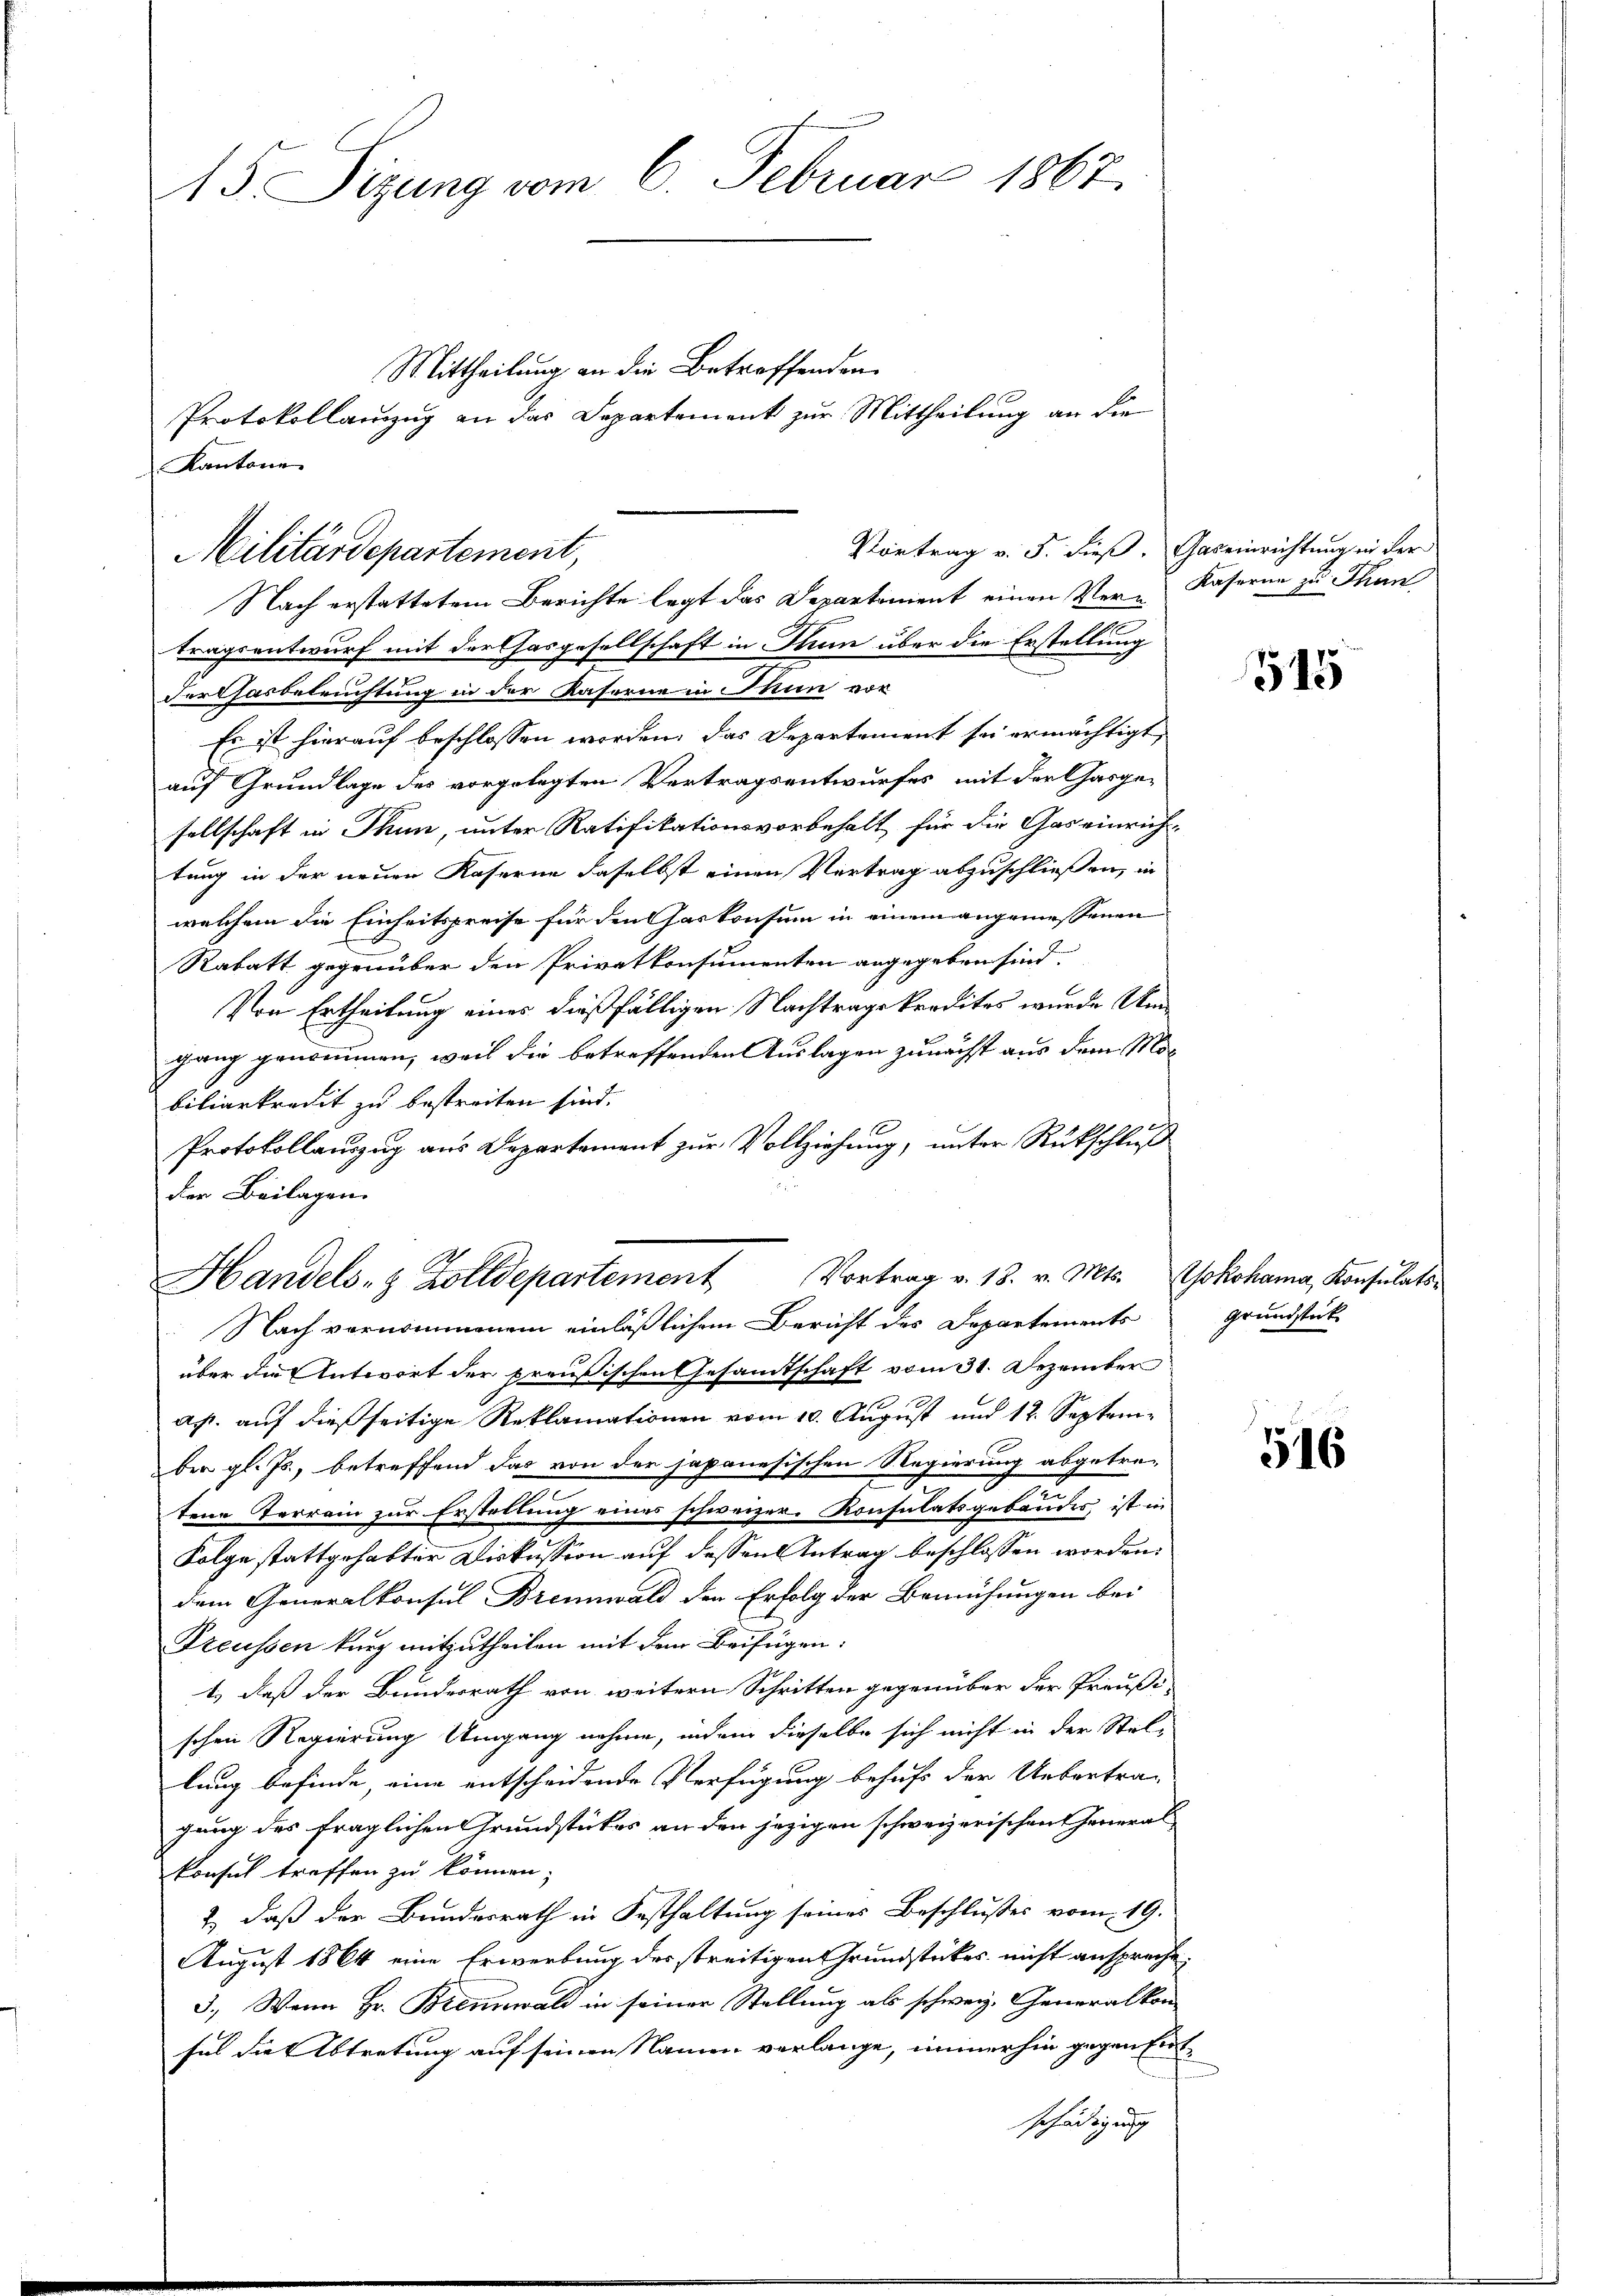
15 Sizung vom 6. Februar 1867.

Kantone
Vortrag v. J. dieß. Gemeinrichtung in der
Militärdepartement,

Mittheilung an die Betroffenden.
Protokollanzzug an das Departement zur Mittheilung an die

Nach erstattetem Berichte legt das Departement einen Ver- Kaserne zu Thun
tragsentwurf mit der Chasgesellschaft in Thun über die Erstellung
Derthasbeleuchtung in der Kaserne in Thun vor
Es ist hierauf beschlossen worden, das Departement sei ermächtigt,
auf Grundlage des vorgelegten Vertragsentwurfes mit der Gasgesellschaft in Thun, unter Ratifikationsvorbehalt für die Gas einrich-
tung in der neuen Kaserne daselbst einen Vertrag abzuschließen, in
welchem die Einheitspreise für den Gaskonsum in einem angemessenen
Rabatt gegenüber den Privatkonsumenten angegeben sind.
.
Von Ertheilung eines dießfälligen Nachtrage kredites wurde Umgang genommen, weil die betreffenden Auslagen zunächst aus dem Mor
biliarkredit zu bestreiten sind.
Protokollauszug aus Departement zur Vollziehung, unter Rückschluß
der Beilagen.
Nach vernommenem einläßlichem Bericht des Departements
über die Antwort der preußischen Gesandtschaft vom 31. Dezember
s
Ap. auf dießseitige Reklamationen vom 10. August und 12. September gl. Js., betreffend das von der japanesischen Regierung abgetre-
tene Terrain zur Erstellung eines schweizer. Konsulatsgebäudes, ist in
Folge stattgehabter Diskussion auf dessen Antrag beschlossen worden:
dem Generalkonsul Brennwald den Erfolg der Bemühungen bei
Preussen kurz mitzutheilen mit dem Beifügen:
t., daß der Bundesrath von weitern Schritten gegenüber der Präußschen Regierung Umgang nehme, indem dieselbe sich nicht in der Stel-
lung befinde, eine entscheidende Verfügung behufs der Uebertra-
gung des fraglichen Grundstückes an den jezigen schweizerischen General
konsul treffen zu können.
2., daß der Bundesrath in Festhaltung seines Beschlusses vom 19.
August 1864 eine Erwerbung des streitigen Grundstückes nicht anspreche.
3.) Wenn Hr. Brennwald in seiner Stellung als schweiz. Generalkon-
sul die Abtretung auf seinen Namen verlange, immerhin gegen Entschädigung

Handels- & Zolldepartement Vortrag v. 18. v. Mts. Yokohama, Konsulats¬

1845

Grundstück

516